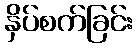
နှိပ်စက်ခြင်း